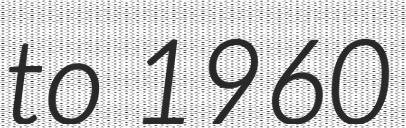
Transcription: to 1960